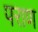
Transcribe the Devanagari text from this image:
पराण